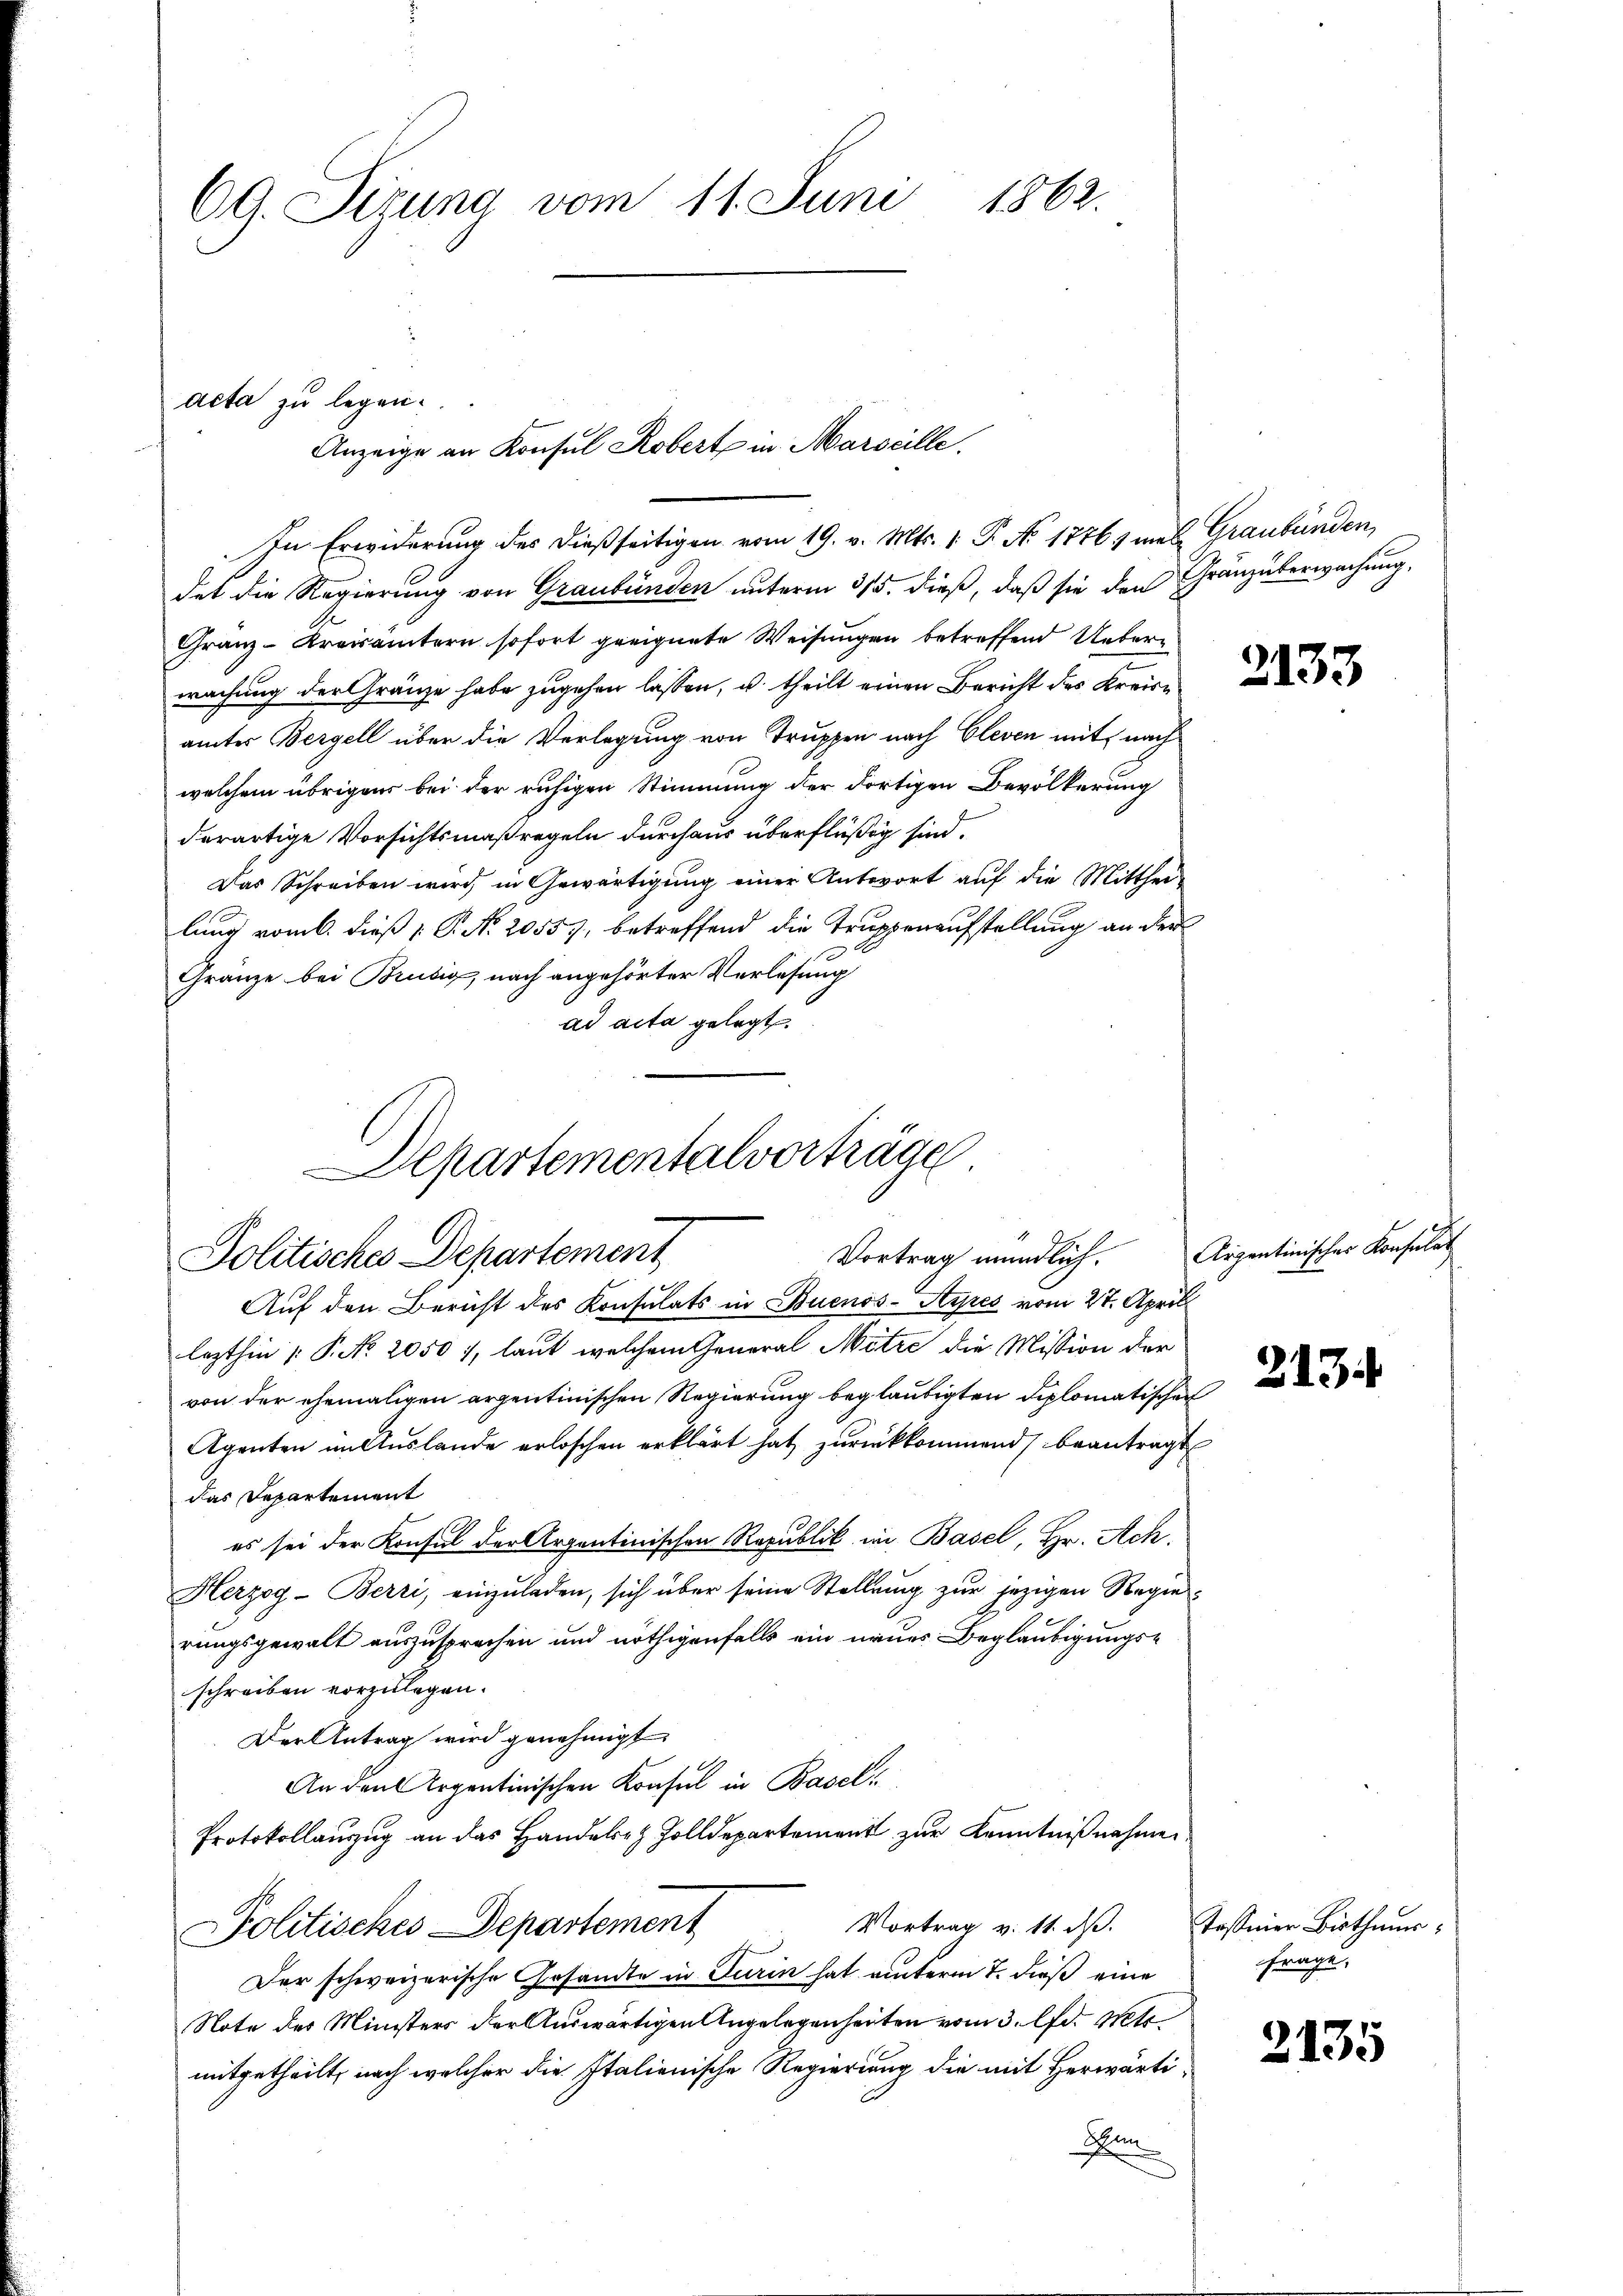
69. Pirung vom 11. Juni 1862.

acta zu legen.
In Erwiderung des dießseitigen vom 19. v. Mts. 1. P. No 1776 1 mal Graubünden,

det die Regierung von Graubünden unterm 315. dieß, daß sie den Gränzüberwachung,
Granz-Kreisämtern sofort geeignete Weisungen betreffend Ueberwachung der Gränze habe zugehen lassen, u. theilt einen Bericht des Kreisämter Bergell über die Verlegung von Truppen nach Cleven mit nach
welchem übrigens bei der ruhigen Stimmung der dortigen Bevölkerung
derartige Vorsichtsmaßregeln durchaus überflüßig sind.
Das Schreiben wird, in Gewärtigŭng einer Antwort aŭf die Mitthei-
lung vom 6. dieß  P. Nr. 20557, betreffend die Truppenaufstellung an der
Gränze bei Brusig, nach angehörter Verlesung
ad acta gelegt.

Departementalvorträge
Vortrag mündlich.
Politisches Departement
Auf den Bericht des Konsulats in Buenos-Ayres vom 27. April

Anzeige an Konsul Robert in Marscille.

lezthin |: P. No. 2050 1, laut welchem General Mitre die Mission der
von der ehemaligen erzentinischen Regierung beglaubigten Diplomatischen
Agenten in Auslande erloschen erklärt hat zurückkommend beantragt
das Departement
es sei der Konsul der Arzentinischen Republik im Basel, Hr. Ach.
Herzog-Berri, einzuladen, sich über seine Stellung zur jezigen Regierungsgewalt auszusprechen und nöthigenfalls ein neues Beglaubigungs-
schreiben vorzulegen.
Der Antrag wird genehmigt.
An den Arzentinischen Konsul in Basel¬
Protokollanzug an das Handele Zolldepartement zur Kenntnißnahmen.
Vortrag v. 11. ds.
Politisches Departement
Der schweizerische Gesandte in Turin hat unterm 7. dieß eine
Note des Ministers der Auswärtigen Angelegenheiten vom 3. d. Mt
mitgetheilt, nach welcher die Italienische Regierung die mit Herwärtin

2133

Arpentinischer Konsulat

213

Tassier Bisthaŭs:
frage.

2135